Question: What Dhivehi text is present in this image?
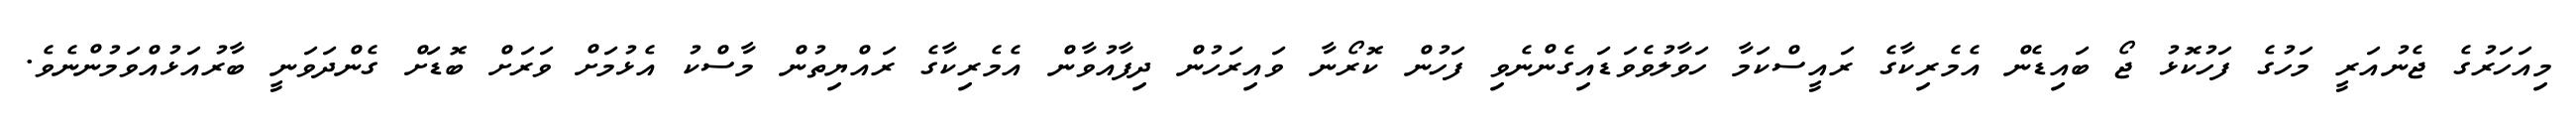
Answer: މިއަހަރުގެ ޖެނުއަރީ މަހުގެ ފަހުކޮޅު ޖޯ ބައިޑެން އެމެރިކާގެ ރައީސްކަމާ ހަވާލުވެވަޑައިގެންނެވި ފަހުން ކޮރޯނާ ވައިރަހުން ދިފާއުވާން އެމެރިކާގެ ރައްޔިތުން މާސްކު އެޅުމަށް ވަރަށް ބޮޑަށް ގެންދަވަނީ ބާރުއަޅުއްވަމުންނެވެ.